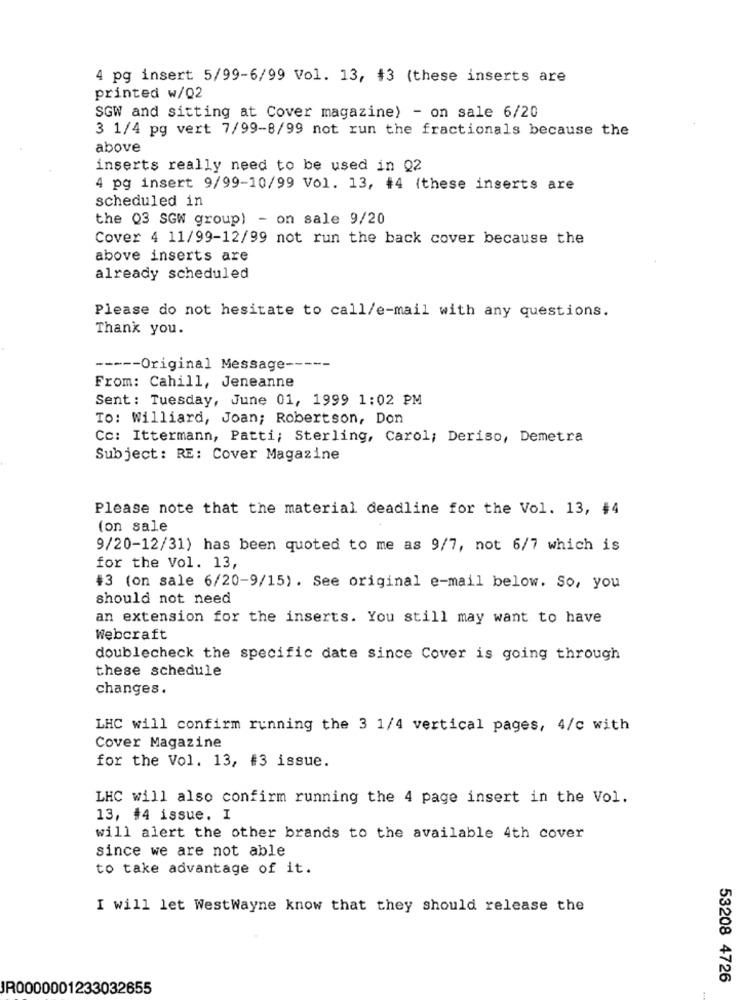
4 pg insert 5/99-6/99 Vol. 13, #3 (these inserts are
printed w/Q2
SGW and sitting at Cover magazine) - on sale 6/20
3 1/4 pg vert 7/99-8/99 not run the fractionals because the
above
inserts really need to be used in Q2
4 pg insert 9/99-10/99 Vol. 13, #4 (these inserts are
scheduled in
the 03 SGW group) - on sale 9/20
Cover 4 11/99-12/99 not run the back cover because the
above inserts are
already scheduled
Please do not hesitate to call/e-mail with any questions.
Thank you.
----- Original Message -----
From: Cahill, Jeneanne
Sent: Tuesday, June 01, 1999 1:02 PM
To: Williard, Joan; Robertson, Don
Cc: Ittermann, Patti; Sterling, Carol; Deriso, Demetra
Subject: RE: Cover Magazine
Please note that the material deadline for the Vol. 13, #4
(on sale
9/20-12/31) has been quoted to me as 9/7, not 6/7 which is
for the Vol. 13,
#3 (on sale 6/20-9/15). See original e-mail below. So, you
should not need
an extension for the inserts. You still may want to have
Webcraft
doublecheck the specific date since Cover is going through
these schedule
changes.
LHC will confirm running the 3 1/4 vertical pages, 4/c with
Cover Magazine
for the Vol. 13, #3 issue.
LHC will also confirm running the 4 page insert in the Vol.
13, #4 issue. I
will alert the other brands to the available 4th cover
since we are not able
to take advantage of it.
I will let WestWayne know that they should release the
53208 4726
JR0000001233032655